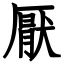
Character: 厭